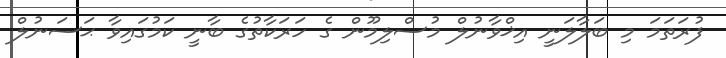
ފުރަތަމަ މި ބަލާލަނީ އިޚްވާނުލް މުސްލިމޫން ގެ ހަރަކާތުގެ ބާނީ ކަމުގައިވާ ޙަސަނުލް